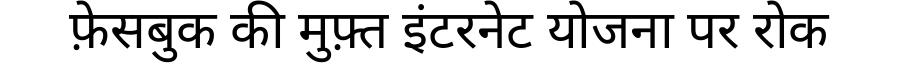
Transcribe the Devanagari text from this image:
फ़ेसबुक की मुफ़्त इंटरनेट योजना पर रोक